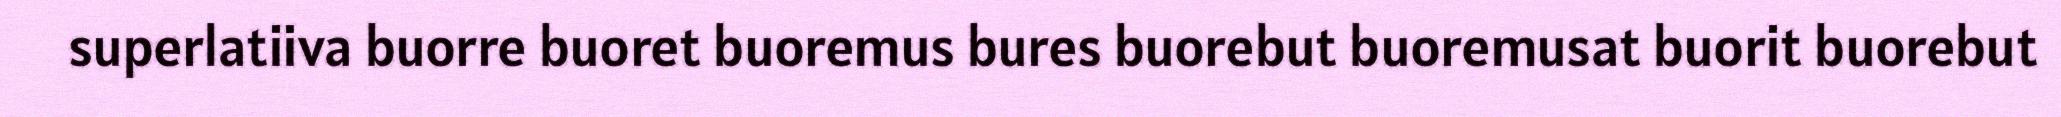
superlatiiva buorre buoret buoremus bures buorebut buoremusat buorit buorebut